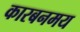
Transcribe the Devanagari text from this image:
कारबनमय